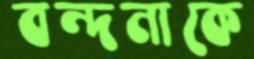
বন্দনাকে